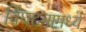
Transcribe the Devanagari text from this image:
विघटनामध्ये